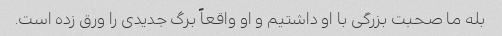
بله ما صحبت بزرگی با او داشتیم و او واقعاً برگ جدیدی را ورق زده است.